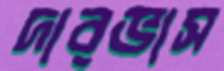
দারভাস